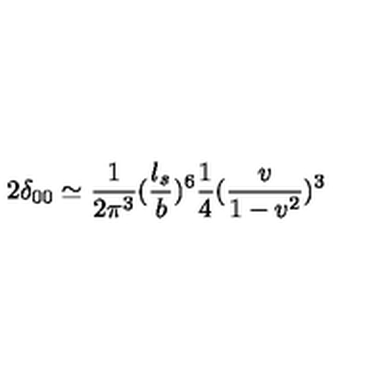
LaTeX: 2 \delta _ { 0 0 } \simeq { \frac { 1 } { 2 \pi ^ { 3 } } } ( { \frac { l _ { s } } { b } } ) ^ { 6 } { \frac { 1 } { 4 } } ( { \frac { v } { 1 - v ^ { 2 } } } ) ^ { 3 }